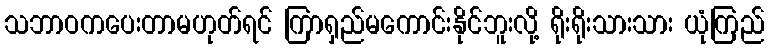
သဘာဝကပေးတာမဟုတ်ရင် ကြာရှည်မကောင်းနိုင်ဘူးလို့ ရိုးရိုးသားသား ယုံကြည်